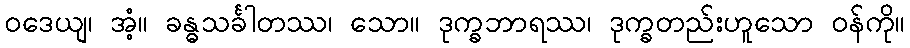
ဝဒေယျ၊ အံ့။ ခန္ဓသင်္ခါတဿ၊ သော။ ဒုက္ခဘာရဿ၊ ဒုက္ခတည်းဟူသော ဝန်ကို။